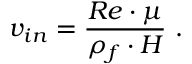
v _ { i n } = \frac { R e \cdot \mu } { \rho _ { f } \cdot H } \mathrm { ~ . ~ }